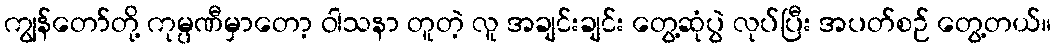
ကျွန်တော်တို့ ကုမ္ပဏီမှာတော့ ဝါသနာ တူတဲ့ လူ အချင်းချင်း တွေ့ဆုံပွဲ လုပ်ပြီး အပတ်စဉ် တွေ့တယ်။